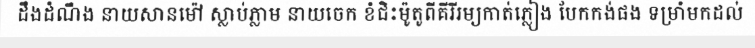
ដឹងដំណឹង នាយសានម៉ៅ ស្លាប់ភ្លាម នាយចេក ខំជិះម៉ូតូពីគីរីរម្យកាត់ភ្លៀង បែកកង់ផង ទម្រាំមកដល់